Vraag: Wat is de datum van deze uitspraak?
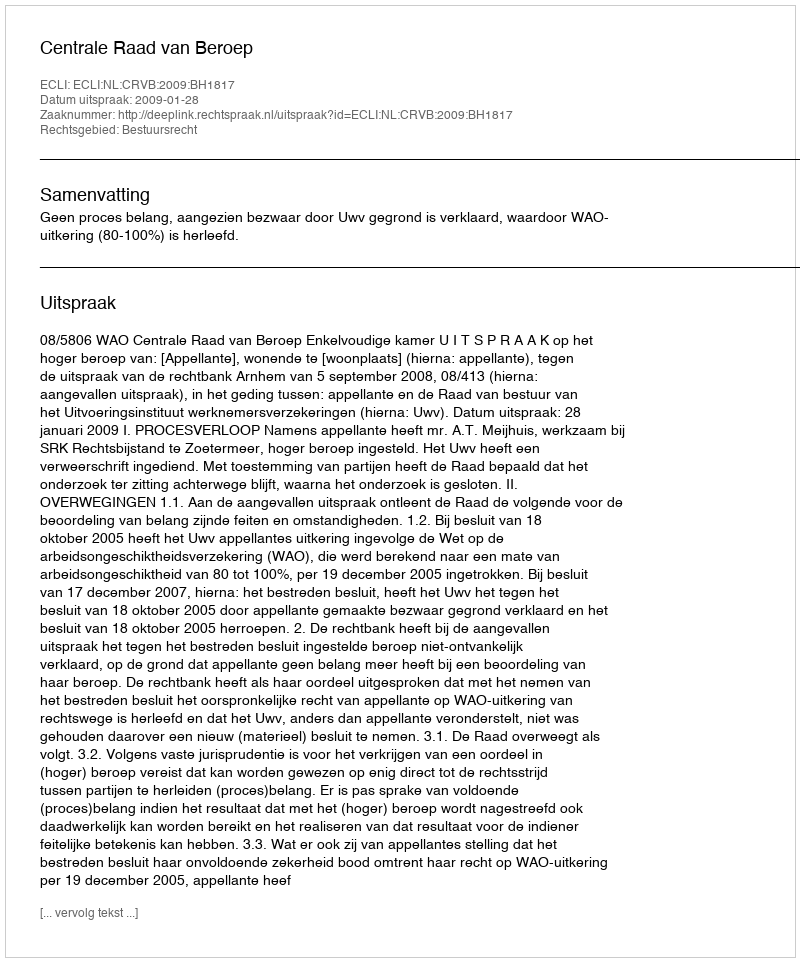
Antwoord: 2009-01-28